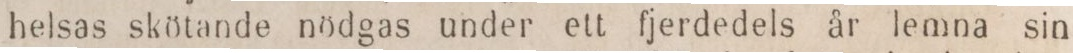
helsas skötande nödgas under ett fjerdedels år lemna sin